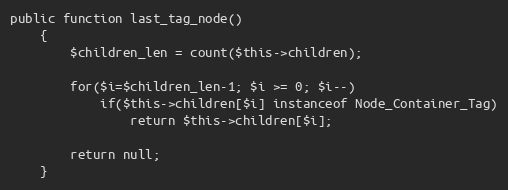
Language: PHP
public function last_tag_node()
	{
		$children_len = count($this->children);

		for($i=$children_len-1; $i >= 0; $i--)
			if($this->children[$i] instanceof Node_Container_Tag)
				return $this->children[$i];

		return null;
	}